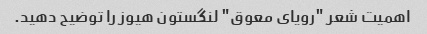
اهمیت شعر "رویای معوق" لنگستون هیوز را توضیح دهید.